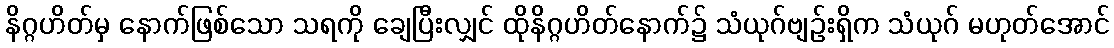
နိဂ္ဂဟိတ်မှ နောက်ဖြစ်သော သရကို ချေပြီးလျှင် ထိုနိဂ္ဂဟိတ်နောက်၌ သံယုဂ်ဗျဉ်းရှိက သံယုဂ် မဟုတ်အောင်